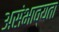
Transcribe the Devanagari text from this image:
असंभाव्यता